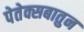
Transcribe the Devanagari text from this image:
पेतेक्सबातुन